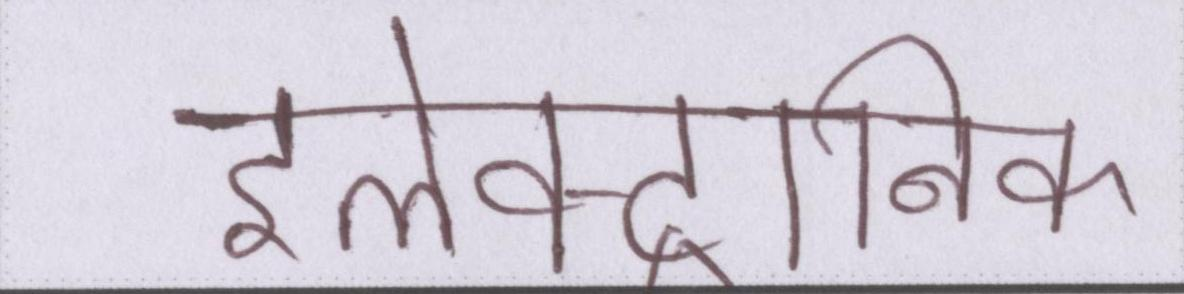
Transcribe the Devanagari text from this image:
इलेक्ट्रोनिक